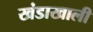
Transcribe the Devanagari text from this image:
खंडाखाली